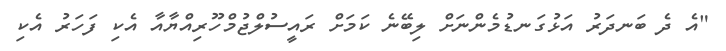
"އެ ދެ ބަނދަރު އަޅުގަނޑުމެންނަށް ލިބޭނެ ކަމަށް ރައީސުލްޖުމްހޫރިއްޔާއާ އެކި ފަހަރު އެކި